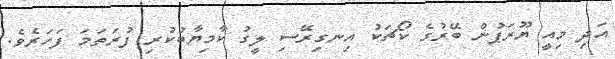
އަދި މިއީ ޔޫރަޕުން ބޭރުގެ ކޯޗަކު އިނގިރޭސި ލީގު ކާމިޔާބުކުރި ފުރަތަމަ ފަަހަރެވެ.